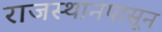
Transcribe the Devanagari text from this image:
राजस्थानपासून